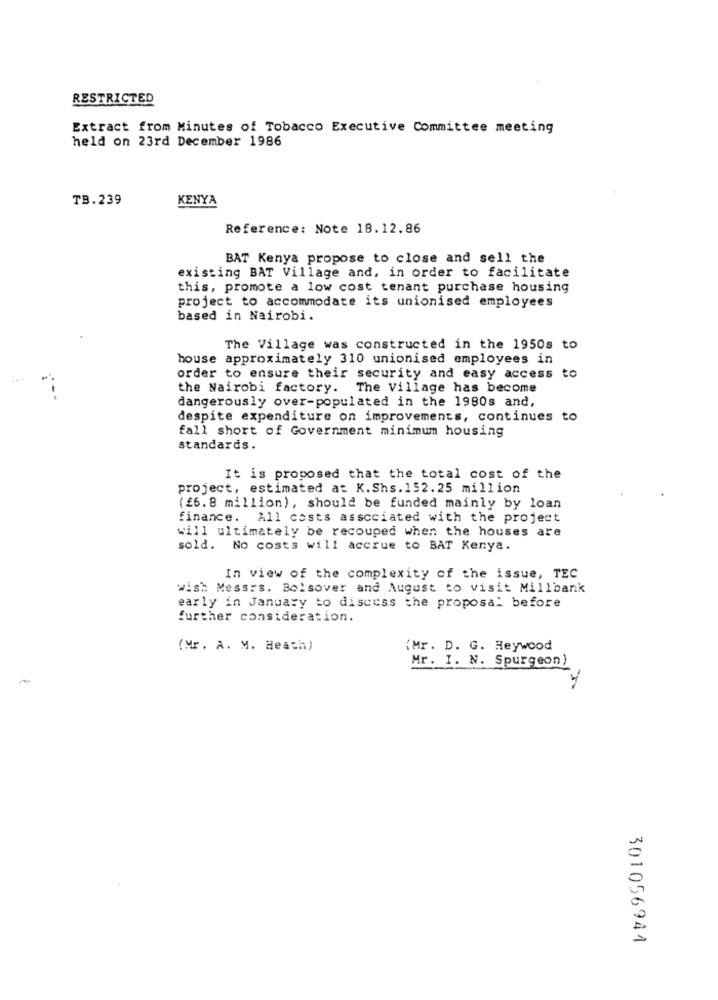
RESTRICTED
Extract from Minutes of Tobacco Executive Committee meeting
held on 23rd December 1986
TB.239
KENYA
Reference: Note 18.12.86
BAT Kenya propose to close and sell the
existing BAT Village and, in order to facilitate
this, promote a low cost tenant purchase housing
project to accommodate its unionised employees
based in Nairobi.
The Village was constructed in the 1950s to
bouse approximately 310 unionised employees in
order to ensure their security and easy access to
the Nairobi factory. The Village has become
dangerously over-populated in the 1980s and,
despite expenditure on improvements, continues to
fall short of Government minimum housing
standards.
It is proposed that the total cost of the
project, estimated at K.Shs. 152.25 million
(£6.8 million), should be funded mainly by loan
finance. All costs associated with the project
will ultimately be recouped when the houses are
sold. No costs will accrue to BAT Kenya.
In view of the complexity of the issue, TEC
wish Messrs. Bolsover and August to visit Millbank
early in January to discuss the proposal before
further consideration.
(Mr. A. M. Heath)
(Mr. D. G. Heywood
Mr. I. N. Spurgeon)
301056944